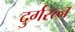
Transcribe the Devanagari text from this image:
दुर्गरत्‍न